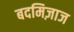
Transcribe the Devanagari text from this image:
बदमिज़ाज